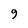
Character: 9